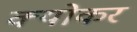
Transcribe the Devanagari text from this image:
क्योकर